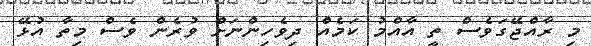
މި ރާއްޖޭގަވެސް ތީ އާއްމު ކަމެއް ދިވެހިންނަށް ވުރެން ވެސް މިތާ އުޅޭ